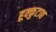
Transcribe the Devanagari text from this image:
हूक्कुटाद्य